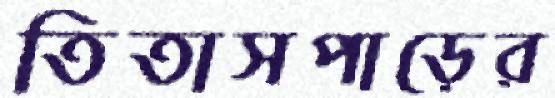
তিতাসপাড়ের